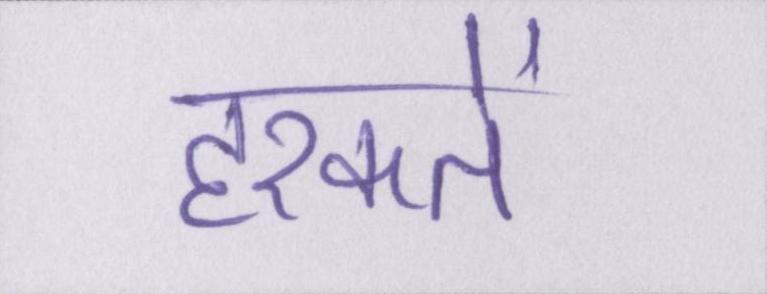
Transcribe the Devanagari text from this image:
हरकतें